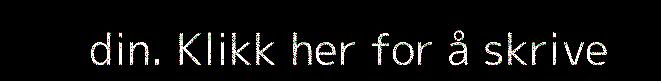
din. Klikk her for å skrive